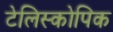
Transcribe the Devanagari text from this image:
टेलिस्कोपिक